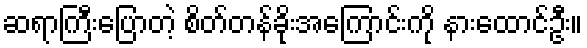
ဆရာကြီးပြောတဲ့ စိတ်တန်ခိုးအကြောင်းကို နားထောင်ဦး။